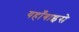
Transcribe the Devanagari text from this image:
यहाँबाइसे